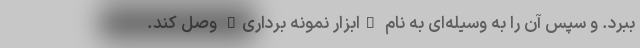
ببرد. و سپس آن را به وسیله‌ای به نام "ابزار نمونه برداری" وصل کند.